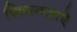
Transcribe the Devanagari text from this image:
कियगज़ाएे